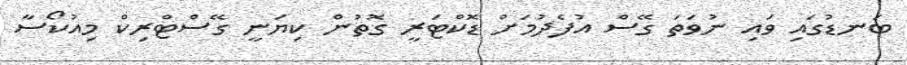
ބަނޑުގައި ވައި ނުވަތަ ގޭސް އުފެދުމަށް ޑޮކްޓަރީ ގޮތުން ކިޔަނީ ގޭސްޓްރިކް މިއުކޯސާ